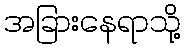
အခြားနေရာသို့